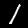
Digit: 1